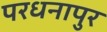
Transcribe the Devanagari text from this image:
परधनापुर